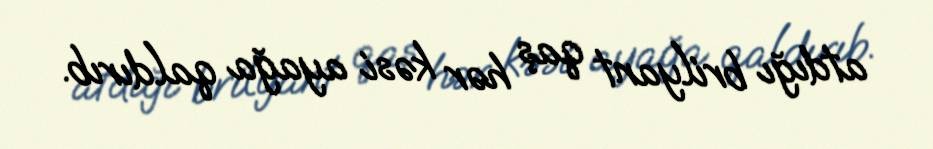
atdığı brilyant qaş hər kəsi ayağa qaldırıb.